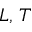
L , \, T